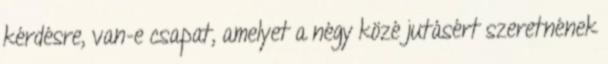
kérdésre, van-e csapat, amelyet a négy közé jutásért szeretnének